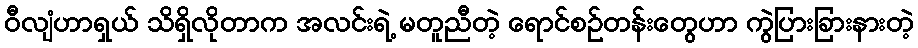
ဝီလျံဟာရှယ် သိရှိလိုတာက အလင်းရဲ့ မတူညီတဲ့ ရောင်စဉ်တန်းတွေဟာ ကွဲပြားခြားနားတဲ့